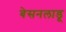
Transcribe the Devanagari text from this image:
बेसनलाडू